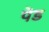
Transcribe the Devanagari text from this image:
पॆड